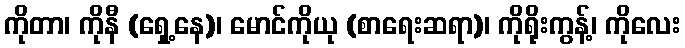
ကိုတာ၊ ကိုနီ (ရှေ့နေ)၊ မောင်ကိုယု (စာရေးဆရာ)၊ ကိုရိုးကွန့်၊ ကိုလေး